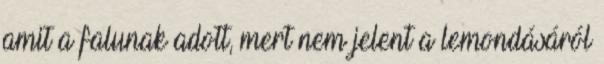
amit a falunak adott, mert nem jelent a lemondásáról